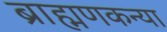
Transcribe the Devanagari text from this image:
ब्राह्मणकन्या